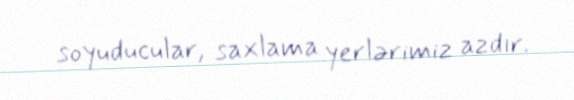
soyuducular, saxlama yerlərimiz azdır.